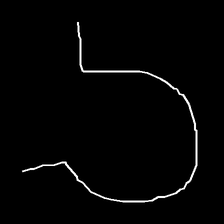
Glyph: weave